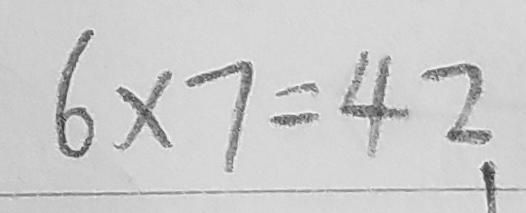
6 \times 7 = 4 2